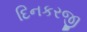
દિનકરજી